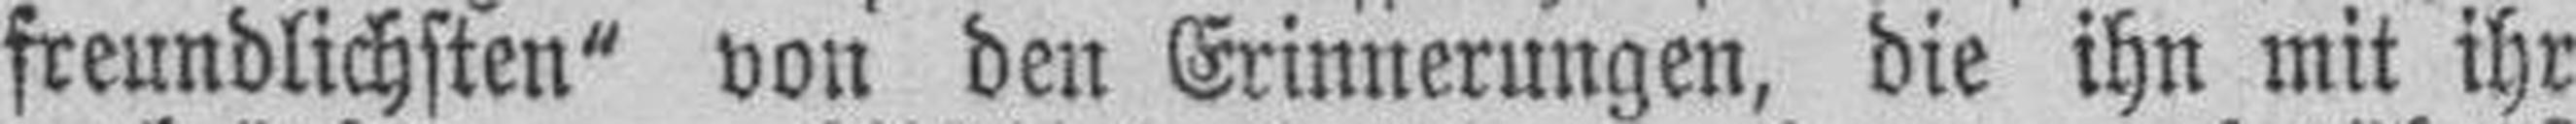
freundlichsten" von den Erinnerungen, die ihn mit ihr